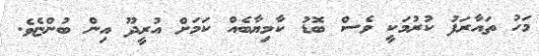
މަހު ތައާރަފު ކުރުމަކީ ވެސް ބޮޑު ކާމިޔާބެއް ކަމަށް އުރީދޫ އިން ބުންޏެވެ.